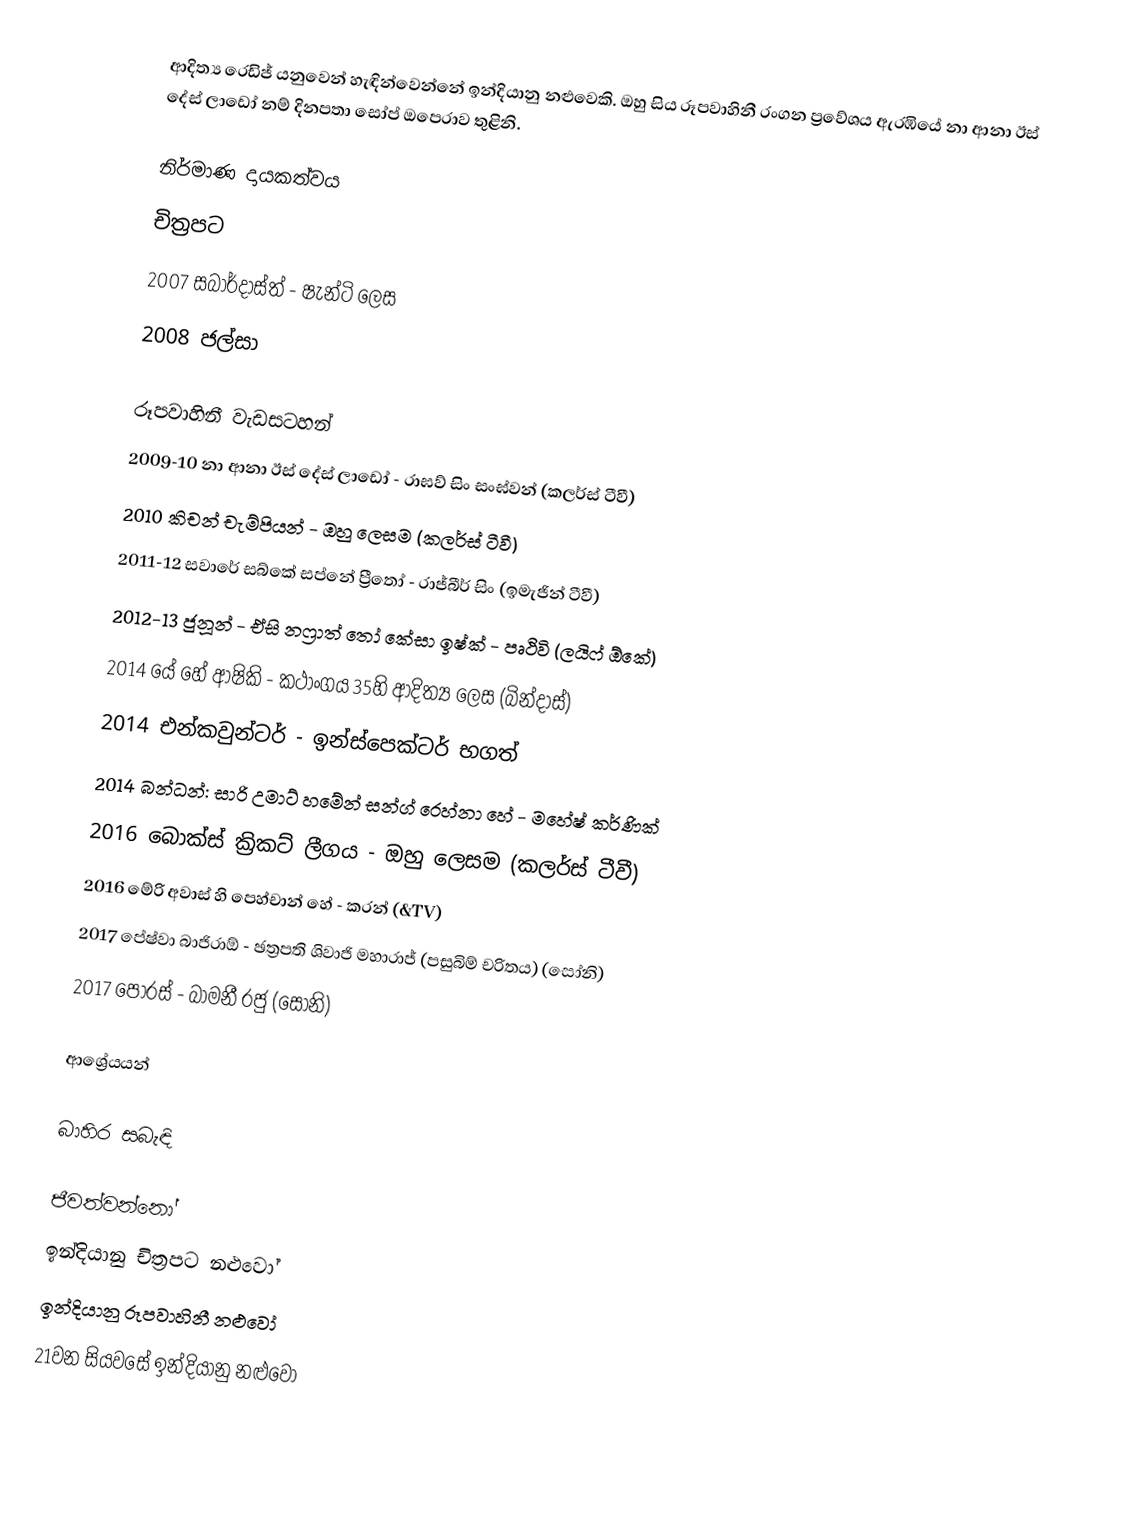
ආදිත්‍ය රෙඩිජ්  ‍යනුවෙන් හැඳින්වෙන්නේ ඉන්දියානු නළුවෙකි. ඔහු සිය රූපවාහිනී රංගන ප්‍රවේශය ඇරඹියේ නා ආනා ඊස් දේස් ලාඩෝ නම් දිනපතා සෝප් ඔපෙරාව තුළිනි.

නිර්මාණ දායකත්වය
චිත්‍රපට
2007 සබාර්දාස්‍ත්  - ෂැන්ටි ලෙස
2008 ජල්සා

රූපවාහිනී වැඩසටහන්
2009-10 නා ආනා ඊස් දේස් ලාඩෝ - රාඝව් සිං සංඝ්වන් (කලර්ස් ටීවී)
2010 කිචන් චැම්පියන් - ඔහු ලෙසම (කලර්ස් ටීවී)
2011-12 සවාරේ සබ්කේ සප්නේ ප්‍රීතෝ - රාජ්බීර් සිං (ඉමැජින් ටීවී)
2012-13 ජුනූන් - ඒසි නෆ්‍රාත් තෝ කේසා ඉෂ්ක් - පෘථිවි (ලයිෆ් ඕකේ)
2014 යේ හේ ආෂිකි - කථාංගය 35හි ආදිත්‍ය ලෙස (බින්දාස්)
2014 එන්කවුන්ටර් - ඉන්ස්පෙක්ටර් භගත්
2014 බන්ධන්: සාරි උමාට් හමේන් සන්ග් රෙහ්නා හේ - මහේෂ් කර්ණික්
2016 බොක්ස් ක්‍රිකට් ලීගය - ඔහු ලෙසම (කලර්ස් ටීවී)
2016 මේරි අවාස් හි පෙහ්චාන් හේ - කරන් (&TV)
2017 පේෂ්වා බාජිරාඕ - ඡත්‍රපති ශිවාජි මහාරාජ් (පසුබිම් චරිතය) (සෝනි)
2017 පෝරස් - බාමනී රජු (සෝනි)

ආශ්‍රේයයන්

බාහිර සබැඳි

ජීවත්වන්නෝ
ඉන්දියානු චිත්‍රපට නළුවෝ
ඉන්දියානු රූපවාහිනී නළුවෝ
21වන සියවසේ ඉන්දියානු නළුවෝ